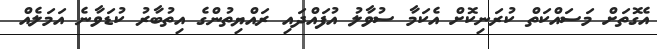
އެގޮތަށް މަސައްކަތް ކުރަނިކޮށް އެކަމާ ސުވާލު އުފައްދައި ރައްޔިތުންގެ އިތުބާރު ކުޑަވާނެ އަމަލެއް